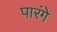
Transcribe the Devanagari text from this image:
पारंगे